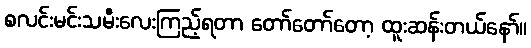
စလင်းမင်းသမီးလေးကြည့်ရတာ တော်တော်တော့ ထူးဆန်းတယ်နော်။